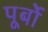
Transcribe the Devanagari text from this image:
पूर्बो